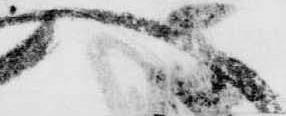
へ